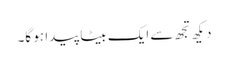
دیکھ تجھ سے ایک بیٹا پیدا ہو گا۔